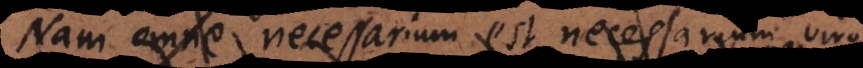
omne necessarium est necessarium viro